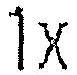
1X